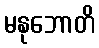
မနုဘောတိ